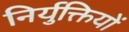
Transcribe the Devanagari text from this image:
निर्युक्तियों